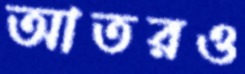
আতরও